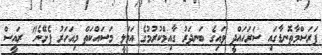
ފަރަސްމާތޮނޑާގައި ސަރަހައްދީ ވައިގެ ބަނދަރު ގާއިމްކުރުމުގެ އަމަލީ މަސައްކަތް މިއަހަރު ފެށޭނެ" ރައީސް